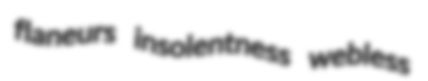
flaneurs insolentness webless